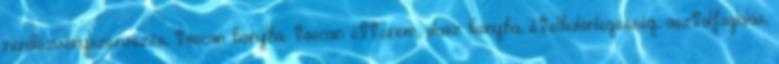
rendezvényszervezés, toscan konyha, toscan étterem, olasz konyha, ételkülönlegesség, asztalfoglalás,